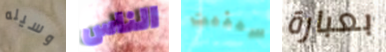
وسيله الناس سيثبت بعبارة